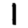
Digit: 1